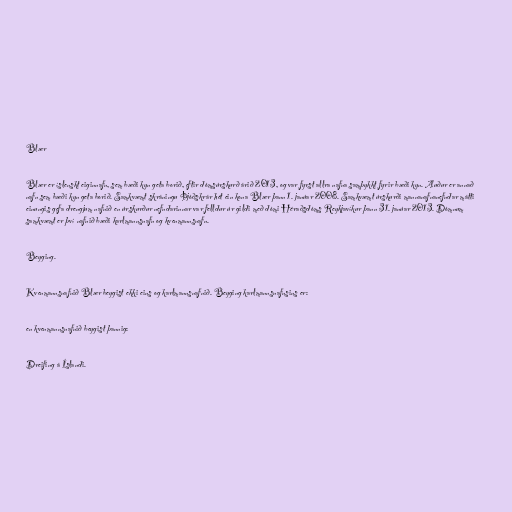
Blær

Blær er íslenskt eiginnafn, sem bæði kyn geta borið, eftir dómsúrskurð árið 2013, og var fyrst allra nafna samþykkt fyrir bæði kyn. Auður er annað
nafn sem bæði kyn geta borið. Samkvæmt skráningu Þjóðskrár hét ein kona Blær þann 1. janúar 2008. Samkvæmt úrskurði mannanafnanefndar mátti
einungis gefa drengjum nafnið en úrskurður nefndarinnar var felldur úr gildi með dómi Héraðsdóms Reykjavíkur þann 31. janúar 2013. Dómnum
samkvæmt er því nafnið bæði karlmannsnafn og kvenmannsnafn.

Beyging.

Kvenmannsnafnið Blær beygist ekki eins og karlmannsnafnið. Beyging karlmannsnafnsins er:

en kvenmannsnafnið beygist þannig:

Dreifing á Íslandi.